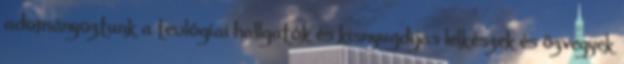
adományoztunk a teológiai hallgatók és kisnyugdijas lelkészek és özvegyek